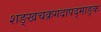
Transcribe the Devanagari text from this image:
शङ्खचक्रगदापद्माङ्क